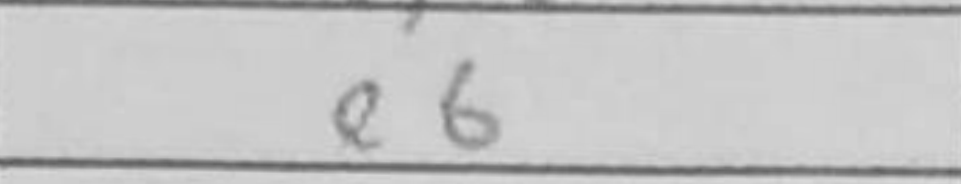
Transcription: e6